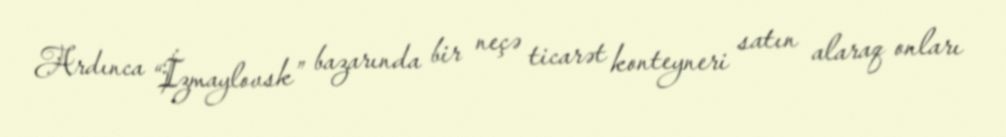
Ardınca “İzmaylovsk” bazarında bir neçə ticarət konteyneri satın alaraq onları